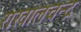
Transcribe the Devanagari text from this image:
राखालचन्द्र